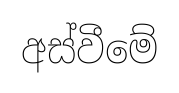
අස්වීමේ